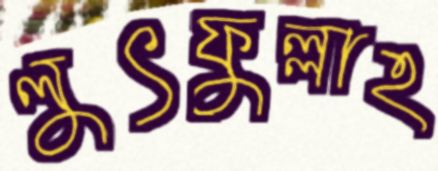
লুৎফুল্লাহ